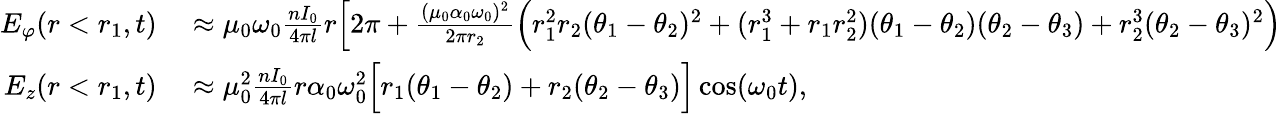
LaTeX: \begin{array}{rl}{E_{\varphi}(r<r_{1},t)}&{{}\approx\mu_{0}\omega_{0}\frac{nI_{0}}{4\pi l}r\Big[2\pi+\frac{(\mu_{0}\alpha_{0}\omega_{0})^{2}}{2\pi r_{2}}\Big(r_{1}^{2}r_{2}(\theta_{1}-\theta_{2})^{2}+(r_{1}^{3}+r_{1}r_{2}^{2})(\theta_{1}-\theta_{2})(\theta_{2}-\theta_{3})+r_{2}^{3}(\theta_{2}-\theta_{3})^{2}\Big)}\\ {E_{z}(r<r_{1},t)}&{{}\approx\mu_{0}^{2}\frac{nI_{0}}{4\pi l}r\alpha_{0}\omega_{0}^{2}\Big[r_{1}(\theta_{1}-\theta_{2})+r_{2}(\theta_{2}-\theta_{3})\Big]\cos(\omega_{0}t),}\end{array}